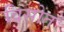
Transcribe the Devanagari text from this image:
विसोत